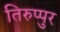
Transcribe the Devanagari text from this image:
तिरुप्पुर